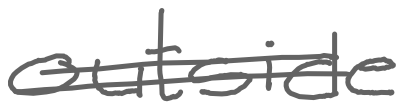
Text: outside
Cross-out: double-line
Writing tool: digital_gray